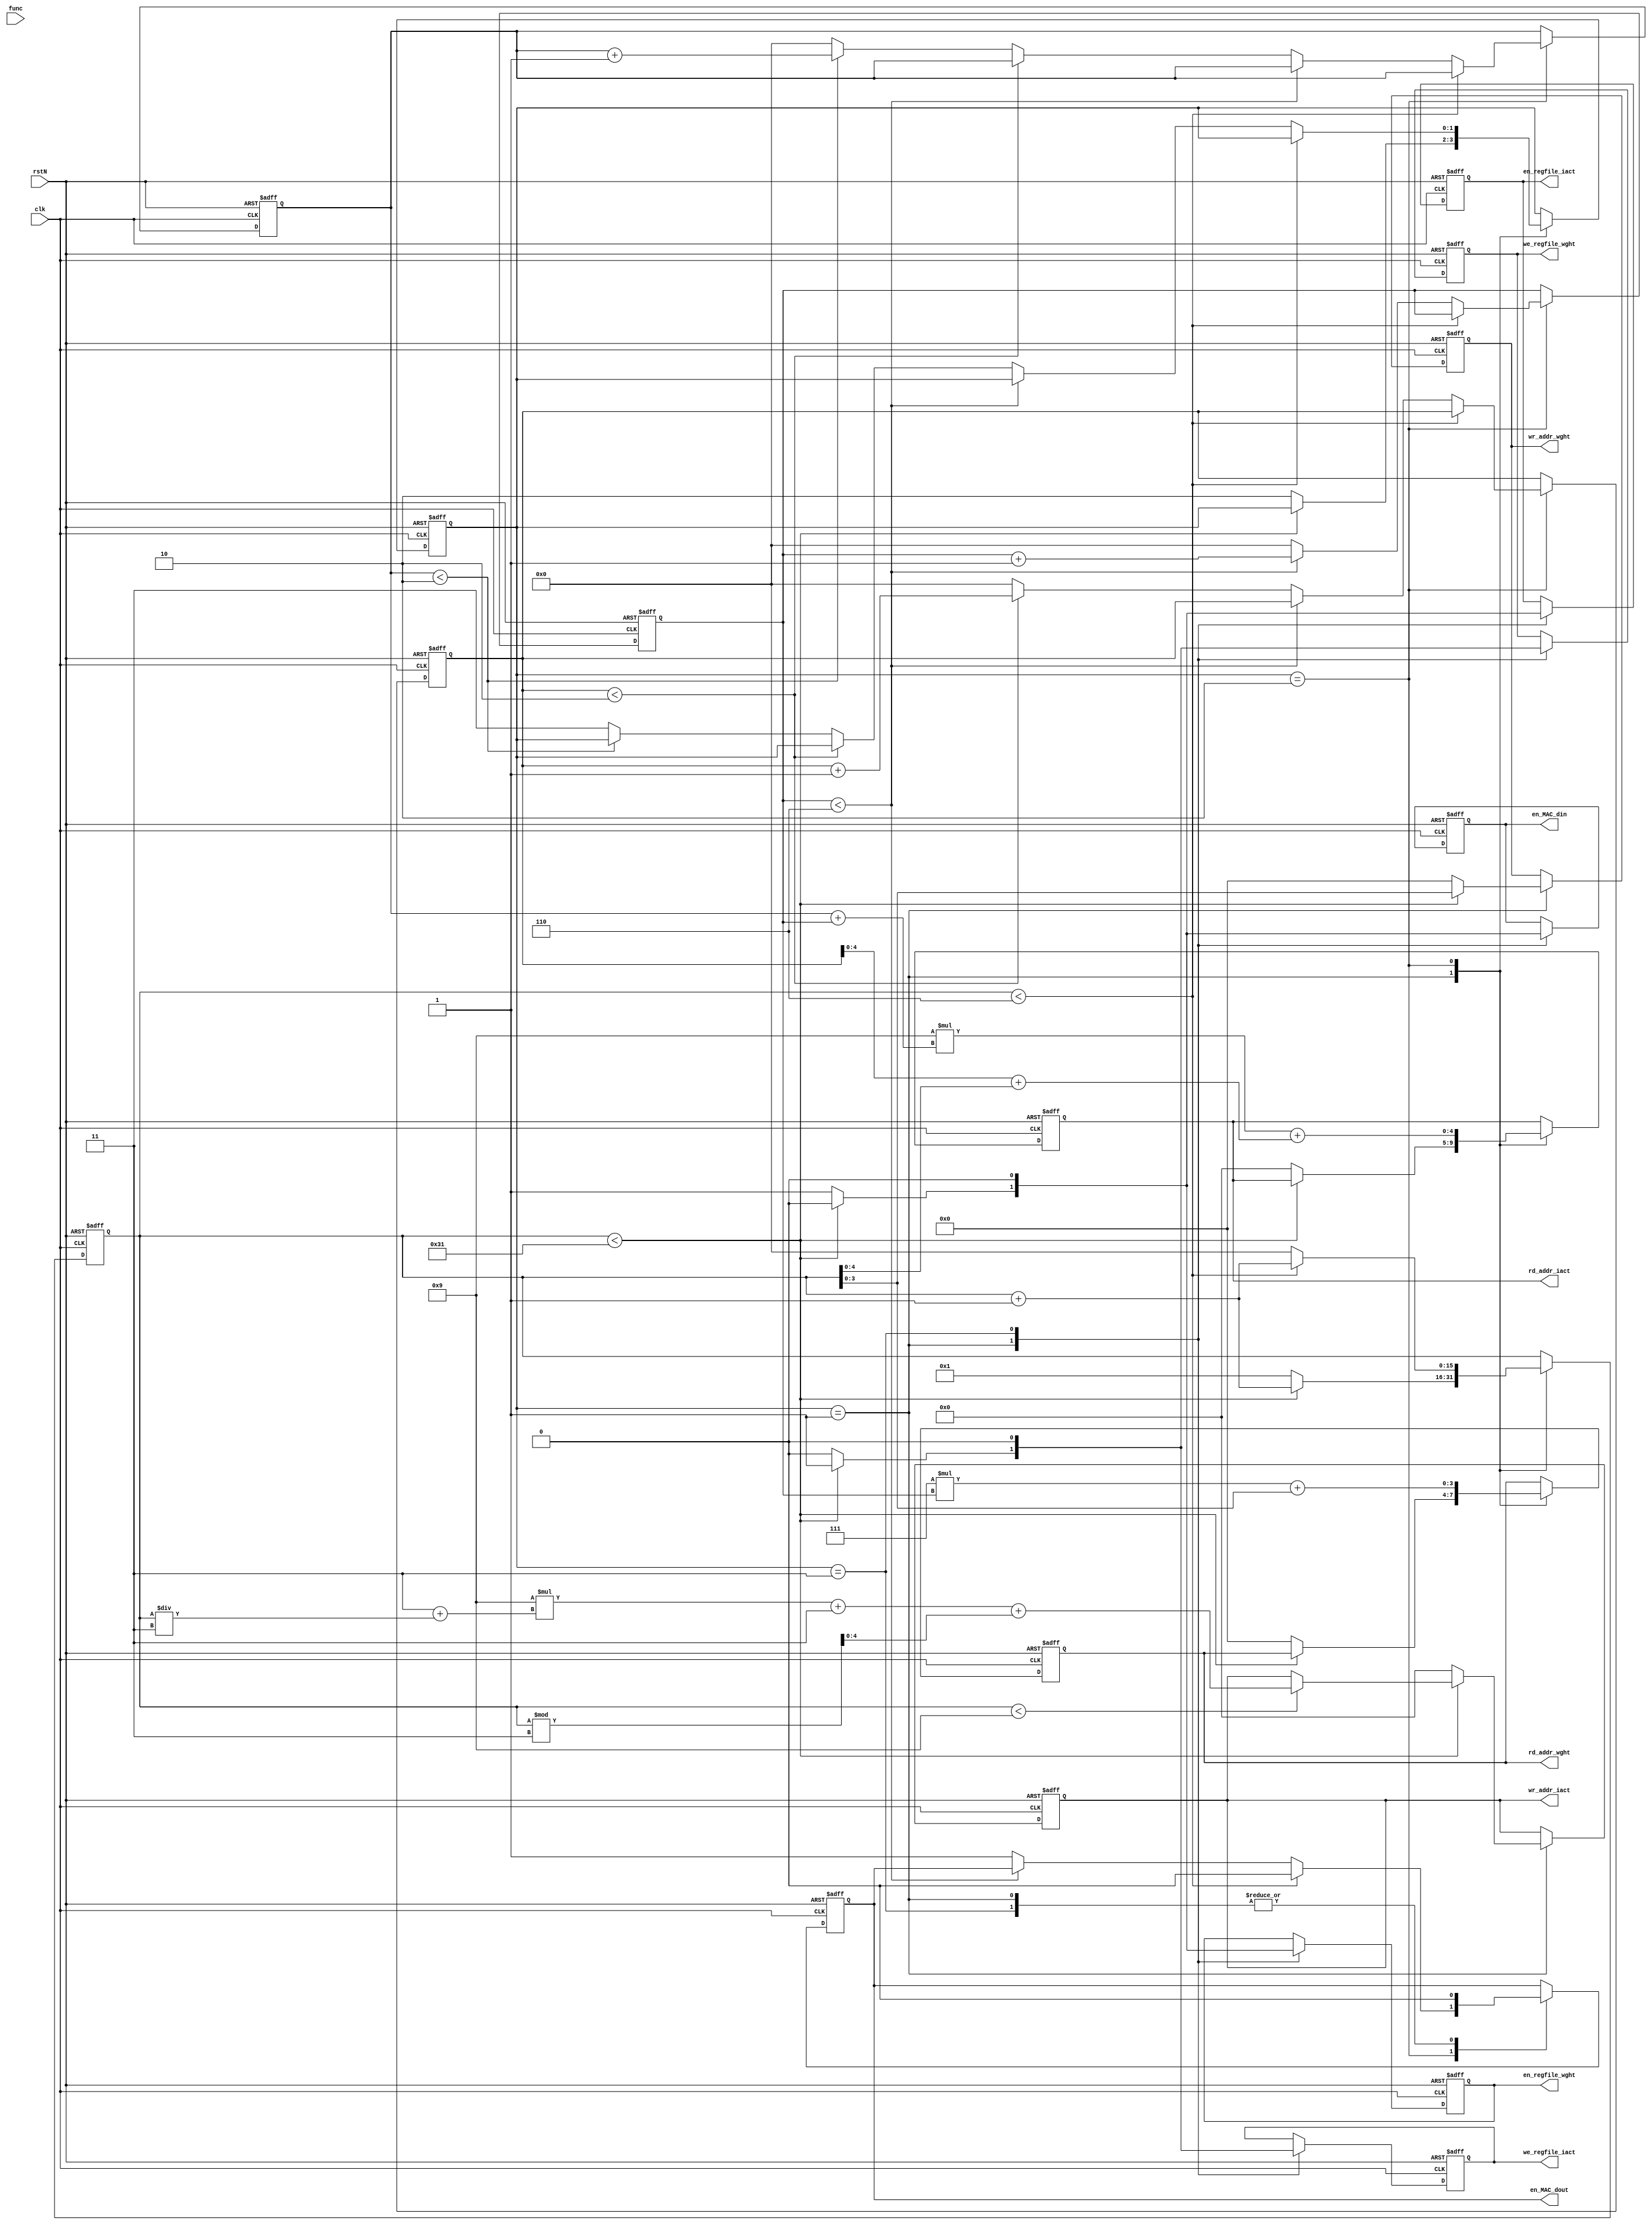
`timescale 1ns / 1ps
//////////////////////////////////////////////////////////////////////////////////
// Company: 
// Engineer: 
// 
// Design Name: 
// Module Name: Controller
// Project Name: 
// Target Devices: 
// Tool Versions: 
// Description: 
// 
// Dependencies: 
// 
// Revision:
// Revision 0.01 - File Created
// Additional Comments:
// 
//////////////////////////////////////////////////////////////////////////////////


module Controller   #(  parameter WEIGHTS_ADDR_BITWIDTH = 4,
                        parameter IACTS_ADDR_BITWIDTH = 5   )
                    (   input clk, rstN,
                        input[1:0] func,
                        output reg en_MAC_din, en_MAC_dout,
                        output reg en_regfile_wght, we_regfile_wght, 
                        output reg en_regfile_iact, we_regfile_iact,
                        output reg[IACTS_ADDR_BITWIDTH-1:0] rd_addr_iact, wr_addr_iact, 
                        output reg[WEIGHTS_ADDR_BITWIDTH-1:0] rd_addr_wght, wr_addr_wght   );
    
    localparam INIT = 2'b01;
    localparam RUN = 2'b10;
    localparam COMPLETE = 2'b11;

    localparam PADDING = 3;
    localparam IW = 3;
    localparam PADDED_IW = 9;
    localparam KK = 49;
    localparam K = 7;

    reg[15:0] count;
    reg[1:0] state;

    reg[15:0] offset_row_rd_addr_iact, offset_col_rd_addr_iact;
    reg[15:0] row_counter;

    always @(posedge clk, negedge rstN) begin
        if (!rstN) begin
            {en_MAC_din, en_MAC_dout, en_regfile_wght, we_regfile_wght, en_regfile_iact, we_regfile_iact} <= 6'b000000;
            rd_addr_iact <= 0;
            rd_addr_wght <= 0;
            wr_addr_iact <= 0;
            wr_addr_wght <= 0;
            count <= 0;
            state <= INIT;
            offset_row_rd_addr_iact <= 0;
            offset_col_rd_addr_iact <= 0;
            row_counter <= 0;
        end
        else begin
            case (state)
            INIT: begin
                {en_MAC_din, en_MAC_dout, en_regfile_wght, we_regfile_wght, en_regfile_iact, we_regfile_iact} <= 6'b000101; 
                if (count < KK) begin
                    count <= count + 1;
                    wr_addr_wght <= count;
                    if (count < 9)
                        wr_addr_iact <= (PADDED_IW) * (PADDING + (count / PADDING)) + PADDING + (count % PADDING);
                end
                else begin
                    wr_addr_iact <= 0;
                    wr_addr_wght <= 0;
                    count <= 1;
                    state <= RUN;
                    {en_MAC_din, en_MAC_dout, en_regfile_wght, we_regfile_wght, en_regfile_iact, we_regfile_iact} <= 6'b101010;
                    rd_addr_iact <= 0;
                    rd_addr_wght <= 0;
                end
            end

            RUN: begin
                rd_addr_iact <= (PADDED_IW * (offset_row_rd_addr_iact + row_counter)) + (offset_col_rd_addr_iact + count);
                rd_addr_wght <= (K * row_counter) + count;
                if (count < K - 1) begin // count 0~6  
                    en_MAC_dout <= 0;
                    count <= count + 1;
                end
                else begin // count == 6    
                    count <= 0;
                    if (row_counter < K - 1) begin
                        row_counter <= row_counter + 1;
                    end
                    else begin
                        en_MAC_dout <= 1;
                        row_counter <= 0;
                        if (offset_col_rd_addr_iact < PADDED_IW - K) begin
                            offset_col_rd_addr_iact <= offset_col_rd_addr_iact + 1;
                        end
                        else begin
                            offset_col_rd_addr_iact <= 0;
                            if(offset_row_rd_addr_iact < PADDED_IW - K) begin
                                offset_row_rd_addr_iact <= offset_row_rd_addr_iact + 1;
                            end
                            else begin
                                offset_row_rd_addr_iact <= 0;
                                state <= COMPLETE;
                                // {en_MAC_din, en_MAC_dout, en_regfile_wght, we_regfile_wght, en_regfile_iact, we_regfile_iact} <= 6'b000000;
                            end
                        end
                    end
                end
            end
            COMPLETE: begin
                {en_MAC_din, en_MAC_dout, en_regfile_wght, we_regfile_wght, en_regfile_iact, we_regfile_iact} <= 6'b000000;
            end
            default: begin
            end
            endcase
        end
    end

endmodule